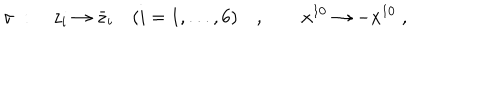
\sigma \; : \quad z _ { i } \to \bar { z } _ { i } \quad ( i = 1 , . . . , 6 ) \quad , \qquad x ^ { 1 0 } \to - x ^ { 1 0 } \; ,